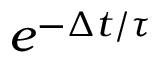
e ^ { - \Delta t / \tau }